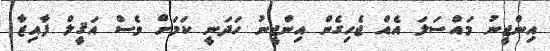
އިންޖީނު މައްސަލަ އެއް ޖެހިގެން އިންޖީނު ހަދަނީ ކަމަށް ވެސް އަޤީލް ފާއިޒާ